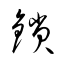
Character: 鎖